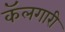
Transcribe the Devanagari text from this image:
कॅलगारी